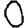
Digit: 0